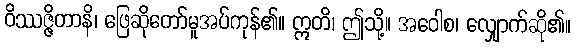
ဝိဿဇ္ဇိတာနိ၊ ဖြေဆိုတော်မူအပ်ကုန်၏။ ဣတိ၊ ဤသို့။ အဝေါစ၊ လျှောက်ဆို၏။